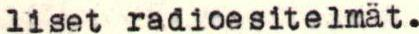
liset radioesitelmät.